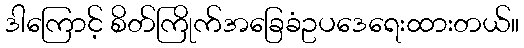
ဒါကြောင့် စိတ်ကြိုက်အခြေခံဥပဒေရေးထားတယ်။